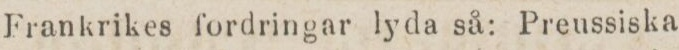
Frankrikes fordringar lyda så: Preussiska